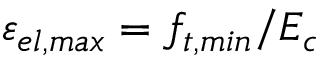
\varepsilon _ { e l , m a x } = f _ { t , m i n } / E _ { c }